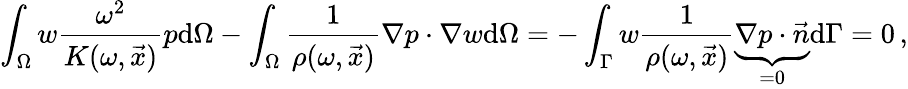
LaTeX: \int_{\Omega}w\frac{\omega^{2}}{K(\omega,\vec{x})}p\mathrm{d}\Omega-\int_{\Omega}\frac{1}{\rho(\omega,\vec{x})}\nabla p\cdot\nabla w\mathrm{d}\Omega=-\int_{\Gamma}w\frac{1}{\rho(\omega,\vec{x})}\underbrace{\nabla p\cdot\vec{n}}_{\mathrm{=0}}\mathrm{d}\Gamma=0\, ,